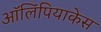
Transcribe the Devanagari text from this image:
ऑलिंपियाकेस